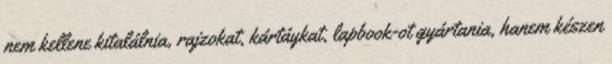
nem kellene kitalálnia, rajzokat, kártáykat, lapbook-ot gyártania, hanem készen